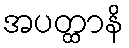
အပတ္ထာနိ